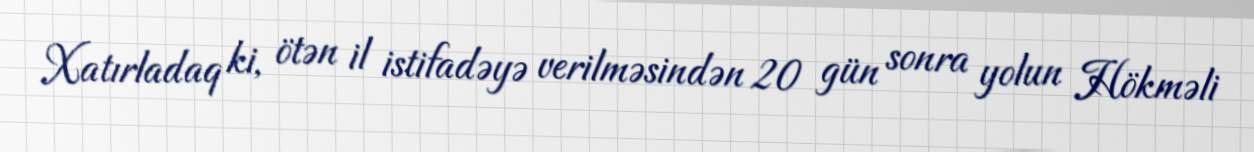
Xatırladaq ki, ötən il istifadəyə verilməsindən 20 gün sonra yolun Hökməli